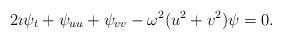
LaTeX: \begin{align*}2 \imath \psi_{t} + \psi_{uu} + \psi_{vv} -\omega^2 (u^2 + v^2)\psi= 0.\end{align*}